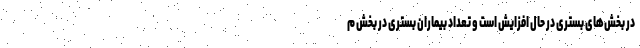
در بخش‌های بستری در حال افزایش است و تعداد بیماران بستری در بخش م